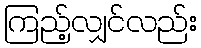
ကြည့်လျှင်လည်း